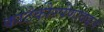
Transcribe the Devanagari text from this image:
काटेकोरपणाबद्दल